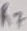
Text: R7